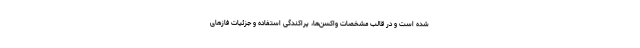
شده است و در قالب مشخصات واکسن‌ها، پراکندگی استفاده و جزئیات فازهای